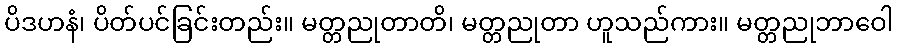
ပိဒဟနံ၊ ပိတ်ပင်ခြင်းတည်း။ မတ္တညုတာတိ၊ မတ္တညုတာ ဟူသည်ကား။ မတ္တညုဘာဝေါ